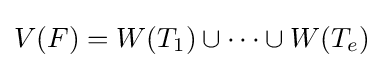
V(F)=W(T_{1})\cup \cdots \cup W(T_{e})